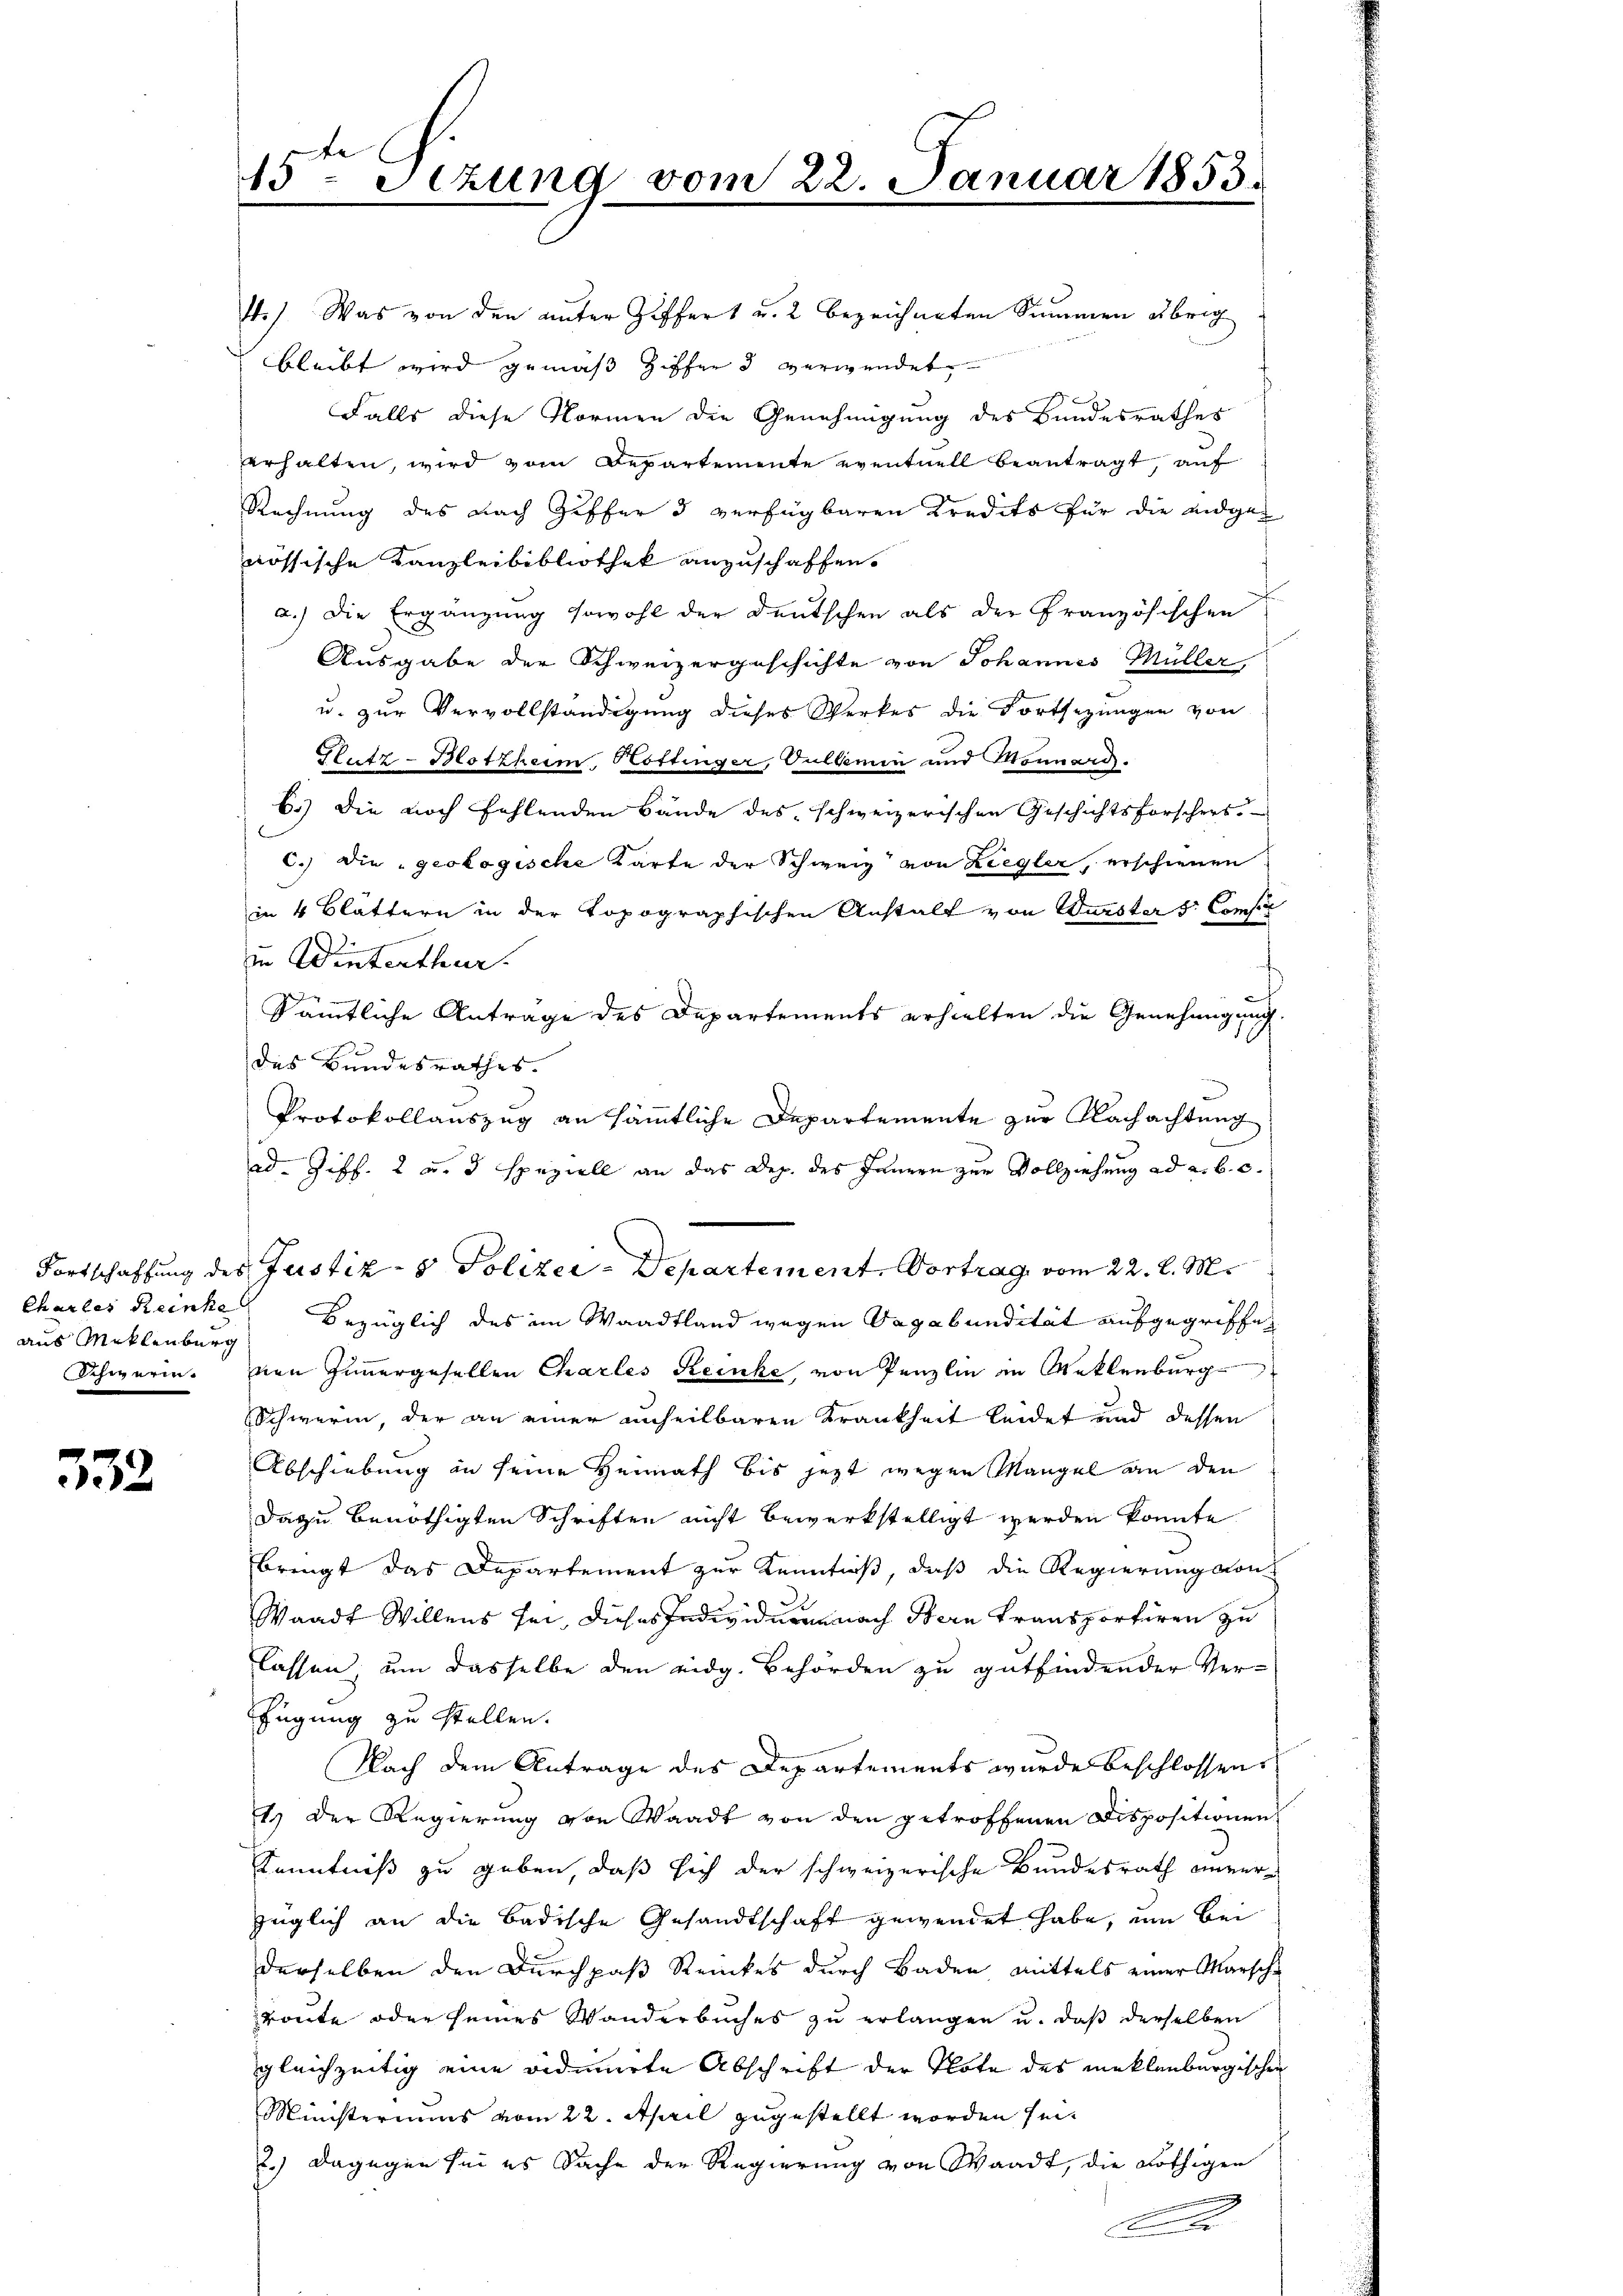
Charler Reinhe
aus Miklenburg
schweren.

532

15. Setzung vom 22. Januar 1853.

14.) Was von den unter Ziffert u. 2 bezeichneten Summen übrig
bleibt wird gemäß Ziffer 3 verwendet
Falls diese Normen die Genehmigung des Bundesrathes
erhalten, wird vom Departemente eventuell beantragt, auf
Rechnung des nach Ziffer 3 verfügbaren Kredits für die Eidgen
nössische Kanzleibibliothek anzuschaffen.
f
a.) Die Ergänzung sowohl der Deutschen als der Französischen
Ausgabe der Schweizergeschichte von Johannes Müller,
u. zur Vervollständigung dieses Werkes die Fortsetzungen von
Glutz-Blotzheim, Köttinger, Gullemen und Monnars.
6.) Die noch fehlenden Bände des schweizerischen Geschichtsforschers.
c.) die geologische Karte der Schweiz von Liegler, erschienen
in 4 Blättern in der topographischen Anstalt von Würster s. Compe
i Winterthur.
Sämmtliche Anträge des Departements erhielten die Genehmigung.
des Bundesrathes.
Protokollauszug an sämmtliche Departemente zur Nachachtung
ad. Ziff. 2 u. 3 speziell an das Dep. des Janzen zur Vollziehung ad a. b. c.
bezüglich des im Waadtland wegen Vagabundität aufgegriffenen Zimmergesellen Charles Reinke, von Penzlin in Reklenburg
Schwerin, der an einer unheilbaren Krankheit leidet und dessen
Abschiebung an seine Heimath bis jezt wegen Mangel an den
dazu benöthigten Schriften nicht bewerkstelligt werden könnte
bringt das Departement zur Kenntniß, daß die Regierung von
Waadt Willens sei, dieses Individuum nach Stern transportiren zu
lassen, um dasselbe den eidg. Behörden zu gutfindender Ver-
fügung zu stellen.
Nach dem Antrage des Departements wurde beschlossen,
1. Der Regierung von Waadt von den getroffenen Dispositionen
Kenntniß zu geben, daß sich der schweizerische Bundesrath anverzüglich an die Badische Gesandtschaft gewendet habe, um bei
derselben den Durchpaß Renckes durch Baden mittels einer Marsche
route oder seines Wanderbuches zu erlangen u. daß derselben
gleichzeitig eine vidimierte Abschrift der Tote des unklenburgischen
Ministeriums vom 22. April zugestellt worden sei.
2.) Dagegen sei es Sache der Regierung von Waadt, die nöthigen
Ar

Fortschaffung des Justiz- & Polizei-Departement. Vortrag vom 22. d. M.